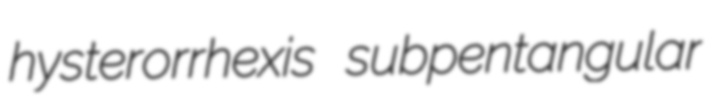
hysterorrhexis subpentangular